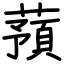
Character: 蕷